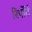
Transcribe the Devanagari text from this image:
रिर्पोर्ट